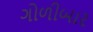
ગોળીબાર